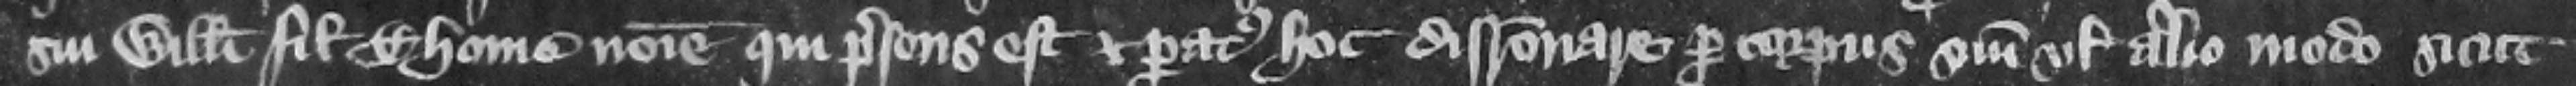
sui Willelmi filii Thome nomine qui presens est et paratus hoc disracionare per corpus suum vel alio modo sicut